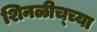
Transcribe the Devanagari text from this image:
शिनळीच्च्या